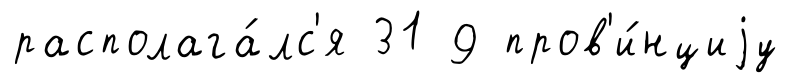
располага́лс'я 31 9 пров'и́нциjу